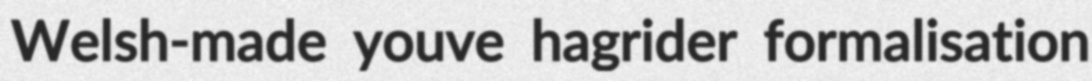
Welsh-made youve hagrider formalisation